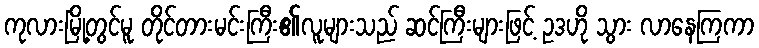
ကုလားမြို့တွင်မူ တိုင်တားမင်းကြီး၏လူများသည် ဆင်ကြီးများဖြင့် ဥဒဟို သွား လာနေကြကာ